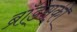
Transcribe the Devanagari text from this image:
ब्रॉड्सकी